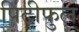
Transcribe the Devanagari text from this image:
पिटीफुल